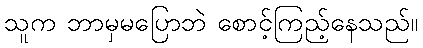
သူက ဘာမှမပြောဘဲ စောင့်ကြည့်နေသည်။